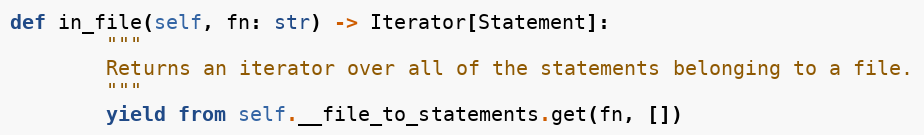
Language: Python
def in_file(self, fn: str) -> Iterator[Statement]:
        """
        Returns an iterator over all of the statements belonging to a file.
        """
        yield from self.__file_to_statements.get(fn, [])